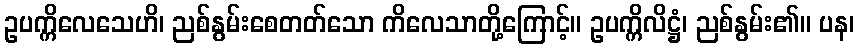
ဥပက္ကိလေသေဟိ၊ ညစ်နွမ်းစေတတ်သော ကိလေသာတို့ကြောင့်။ ဥပက္ကိလိဋ္ဌံ၊ ညစ်နွမ်း၏။ ပန၊